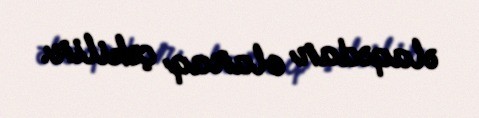
əlaqədar olaraq çəkilir.